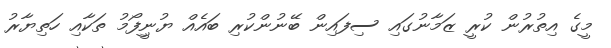
މީގެ އިތުރުން ކުރީ ޒަމާނުގައި ސިފައިން ބޭނުންކުރި ބައެއް ޔުނިީފޯމު ތަކާއި ހަތިޔާރު